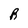
Character: R